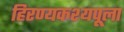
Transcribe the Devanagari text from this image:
हिरण्यकश्यपूला